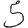
Digit: 5